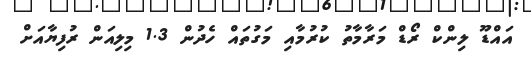
އައްޑޫ ލިންކް ރޯޑް މަރާމާތު ކުރުމާއި މަގުތައް ހެދުން 1.3 މިލިއަން ރުފިޔާއަށް